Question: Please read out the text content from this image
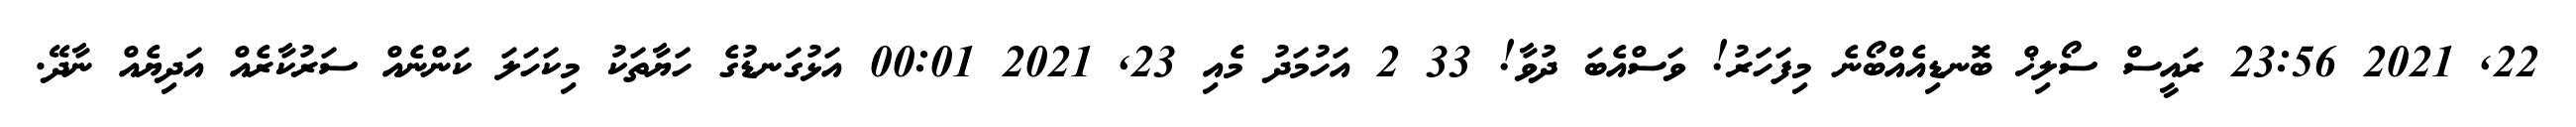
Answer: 22, 2021 23:56 ރައީސް ސޯލިޚް ބޮނޑިއެއްބޯނެ މިފަހަރު! ވަސްއެބަ ދުވާ! 33 2 އަހުމަދު މެއި 23, 2021 00:01 އަޅުގަނޑުގެ ހަޔާތަކު މިކަހަލަ ކަންނެއް ސަރުކާރެއް އަދިޔެއް ނާދޭ.